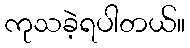
ကုသခဲ့ရပါတယ်။